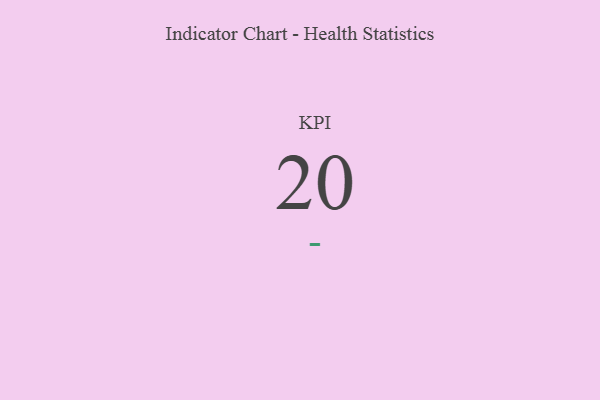
{"axis": {"x": "KPI", "y": "Value"}, "legend": [""], "data": [{"x": "KPI", "y": 20, "type": ""}]}